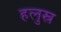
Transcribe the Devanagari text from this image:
हलुस्र